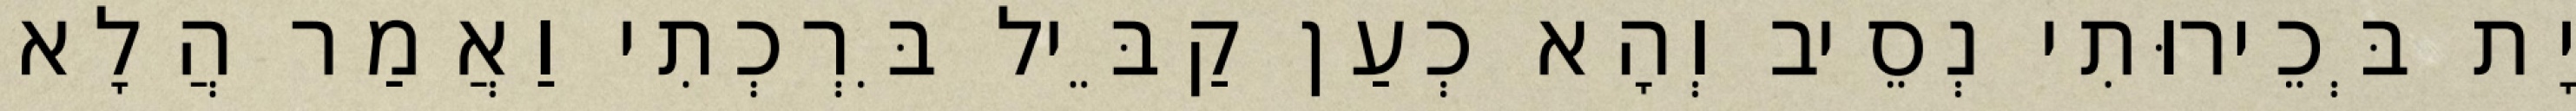
יָת בְּכֵירוּתִי נְסֵיב וְהָא כְעַן קַבֵּיל בִּרְכְתִי וַאֲמַר הֲלָא